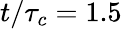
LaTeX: t/\tau_{c}=1.5